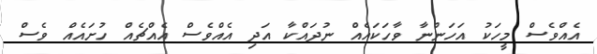
އެއްވެސް މީހަކު އަހަންނާ ވާހަކައެއް ނުދައްކާ އަދި އެއްވެސް އެއްޗެއް ހުށައެއް ވެސް